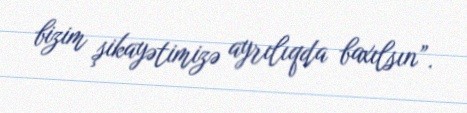
bizim şikayətimizə ayrılıqda baxılsın”.